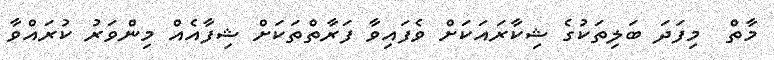
މާތް  މިފަދަ ބަލިތަކުގެ ޝިކާރައަކަށް ވެފައިވާ ފަރާތްތަކަށް ޝިފާއެއް މިންވަރު ކުރައްވާ